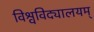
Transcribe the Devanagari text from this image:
विश्वविद्यालयम्‌